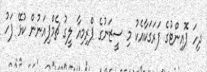
ދިހަ ޕޮއިންޓުގެ ފަރަގަކާއެކު މި ސީޒަނުގެ ޕްރިމިއާ ލީގު ޗެމްޕިއަނުން ކުޅޭ ފަހު